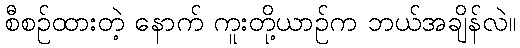
စီစဉ်ထားတဲ့ နောက် ကူးတို့ယာဉ်က ဘယ်အချိန်လဲ။